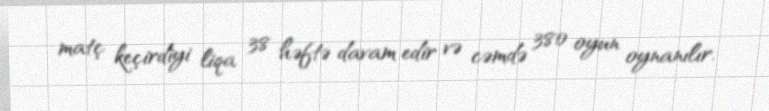
matç keçirdiyi liqa 38 həftə davam edir və cəmdə 380 oyun oynanılır.